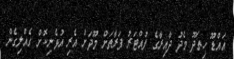
އައްޑޫ ހިތަދޫ މެދު ދާއިރާގެ ފުއްޓަރު ފަރާތަށް މޫދަށް އެރި އުޅެނިކޮށް ގެއްލިގެން